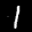
Digit: 1